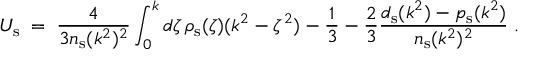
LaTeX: U _ { \mathrm { s } } \; = \; { \frac { 4 } { 3 n _ { \mathrm { s } } ( k ^ { 2 } ) ^ { 2 } } } \int _ { 0 } ^ { k } d \zeta \, \rho _ { \mathrm { s } } ( \zeta ) ( k ^ { 2 } - \zeta ^ { 2 } ) - { \frac { 1 } { 3 } } - { \frac { 2 } { 3 } } { \frac { d _ { \mathrm { s } } ( k ^ { 2 } ) - p _ { \mathrm { s } } ( k ^ { 2 } ) } { n _ { \mathrm { s } } ( k ^ { 2 } ) ^ { 2 } } } \; .